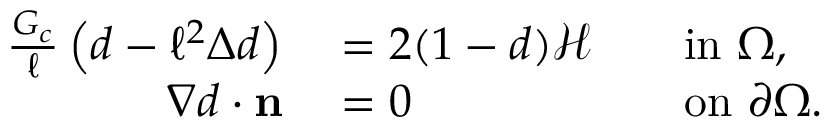
\begin{array} { r l r l } { \frac { G _ { c } } { \ell } \left( d - \ell ^ { 2 } \Delta d \right) } & { { } = 2 ( 1 - d ) \mathcal { H } } & { } & { { } \mathrm { i n } \ \Omega , } \\ { \nabla d \cdot \mathbf { n } } & { { } = 0 } & { } & { { } \mathrm { o n } \ \partial \Omega . } \end{array}